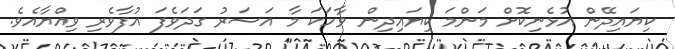
ކިޔައިދޭން އުޅެނިކޮށް މަންމަ ކިޔައިދިން ވާހަކަ މާ އަސަރު ގަދަވެފަ އުފާވެރި ވިއްޔާއެވެ.